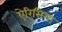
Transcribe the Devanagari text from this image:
ऐरिसिमा